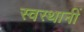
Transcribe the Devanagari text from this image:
स्वस्थानीं